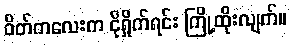
ဝိတ်ကလေးက ငိုရှိုက်ရင်း ကြို့ထိုးလျက်။